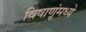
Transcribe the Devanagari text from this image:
विषाणूंमध्ये